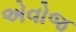
એવોજ